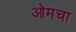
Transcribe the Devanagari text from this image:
ओमचा